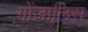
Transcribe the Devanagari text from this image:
गोंजालिस